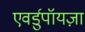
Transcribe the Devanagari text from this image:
एवर्डुपॉयज़ा